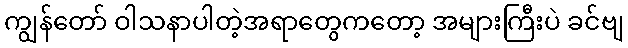
ကျွန်တော် ဝါသနာပါတဲ့အရာတွေကတော့ အများကြီးပဲ ခင်ဗျ